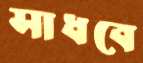
সাধবে